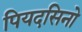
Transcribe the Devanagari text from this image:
पियदसिनो